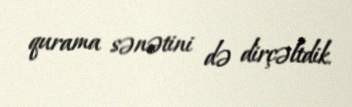
qurama sənətini də dirçəltdik.